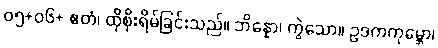
၀၅+၀၆+ ဧတံ၊ ထိုစိုးရိမ်ခြင်းသည်။ ဘိန္နော၊ ကွဲသော။ ဥဒကကုမ္ဘော၊